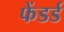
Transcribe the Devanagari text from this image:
फेंडर्ड